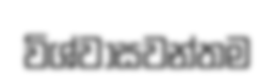
විශ්වාසවන්තම